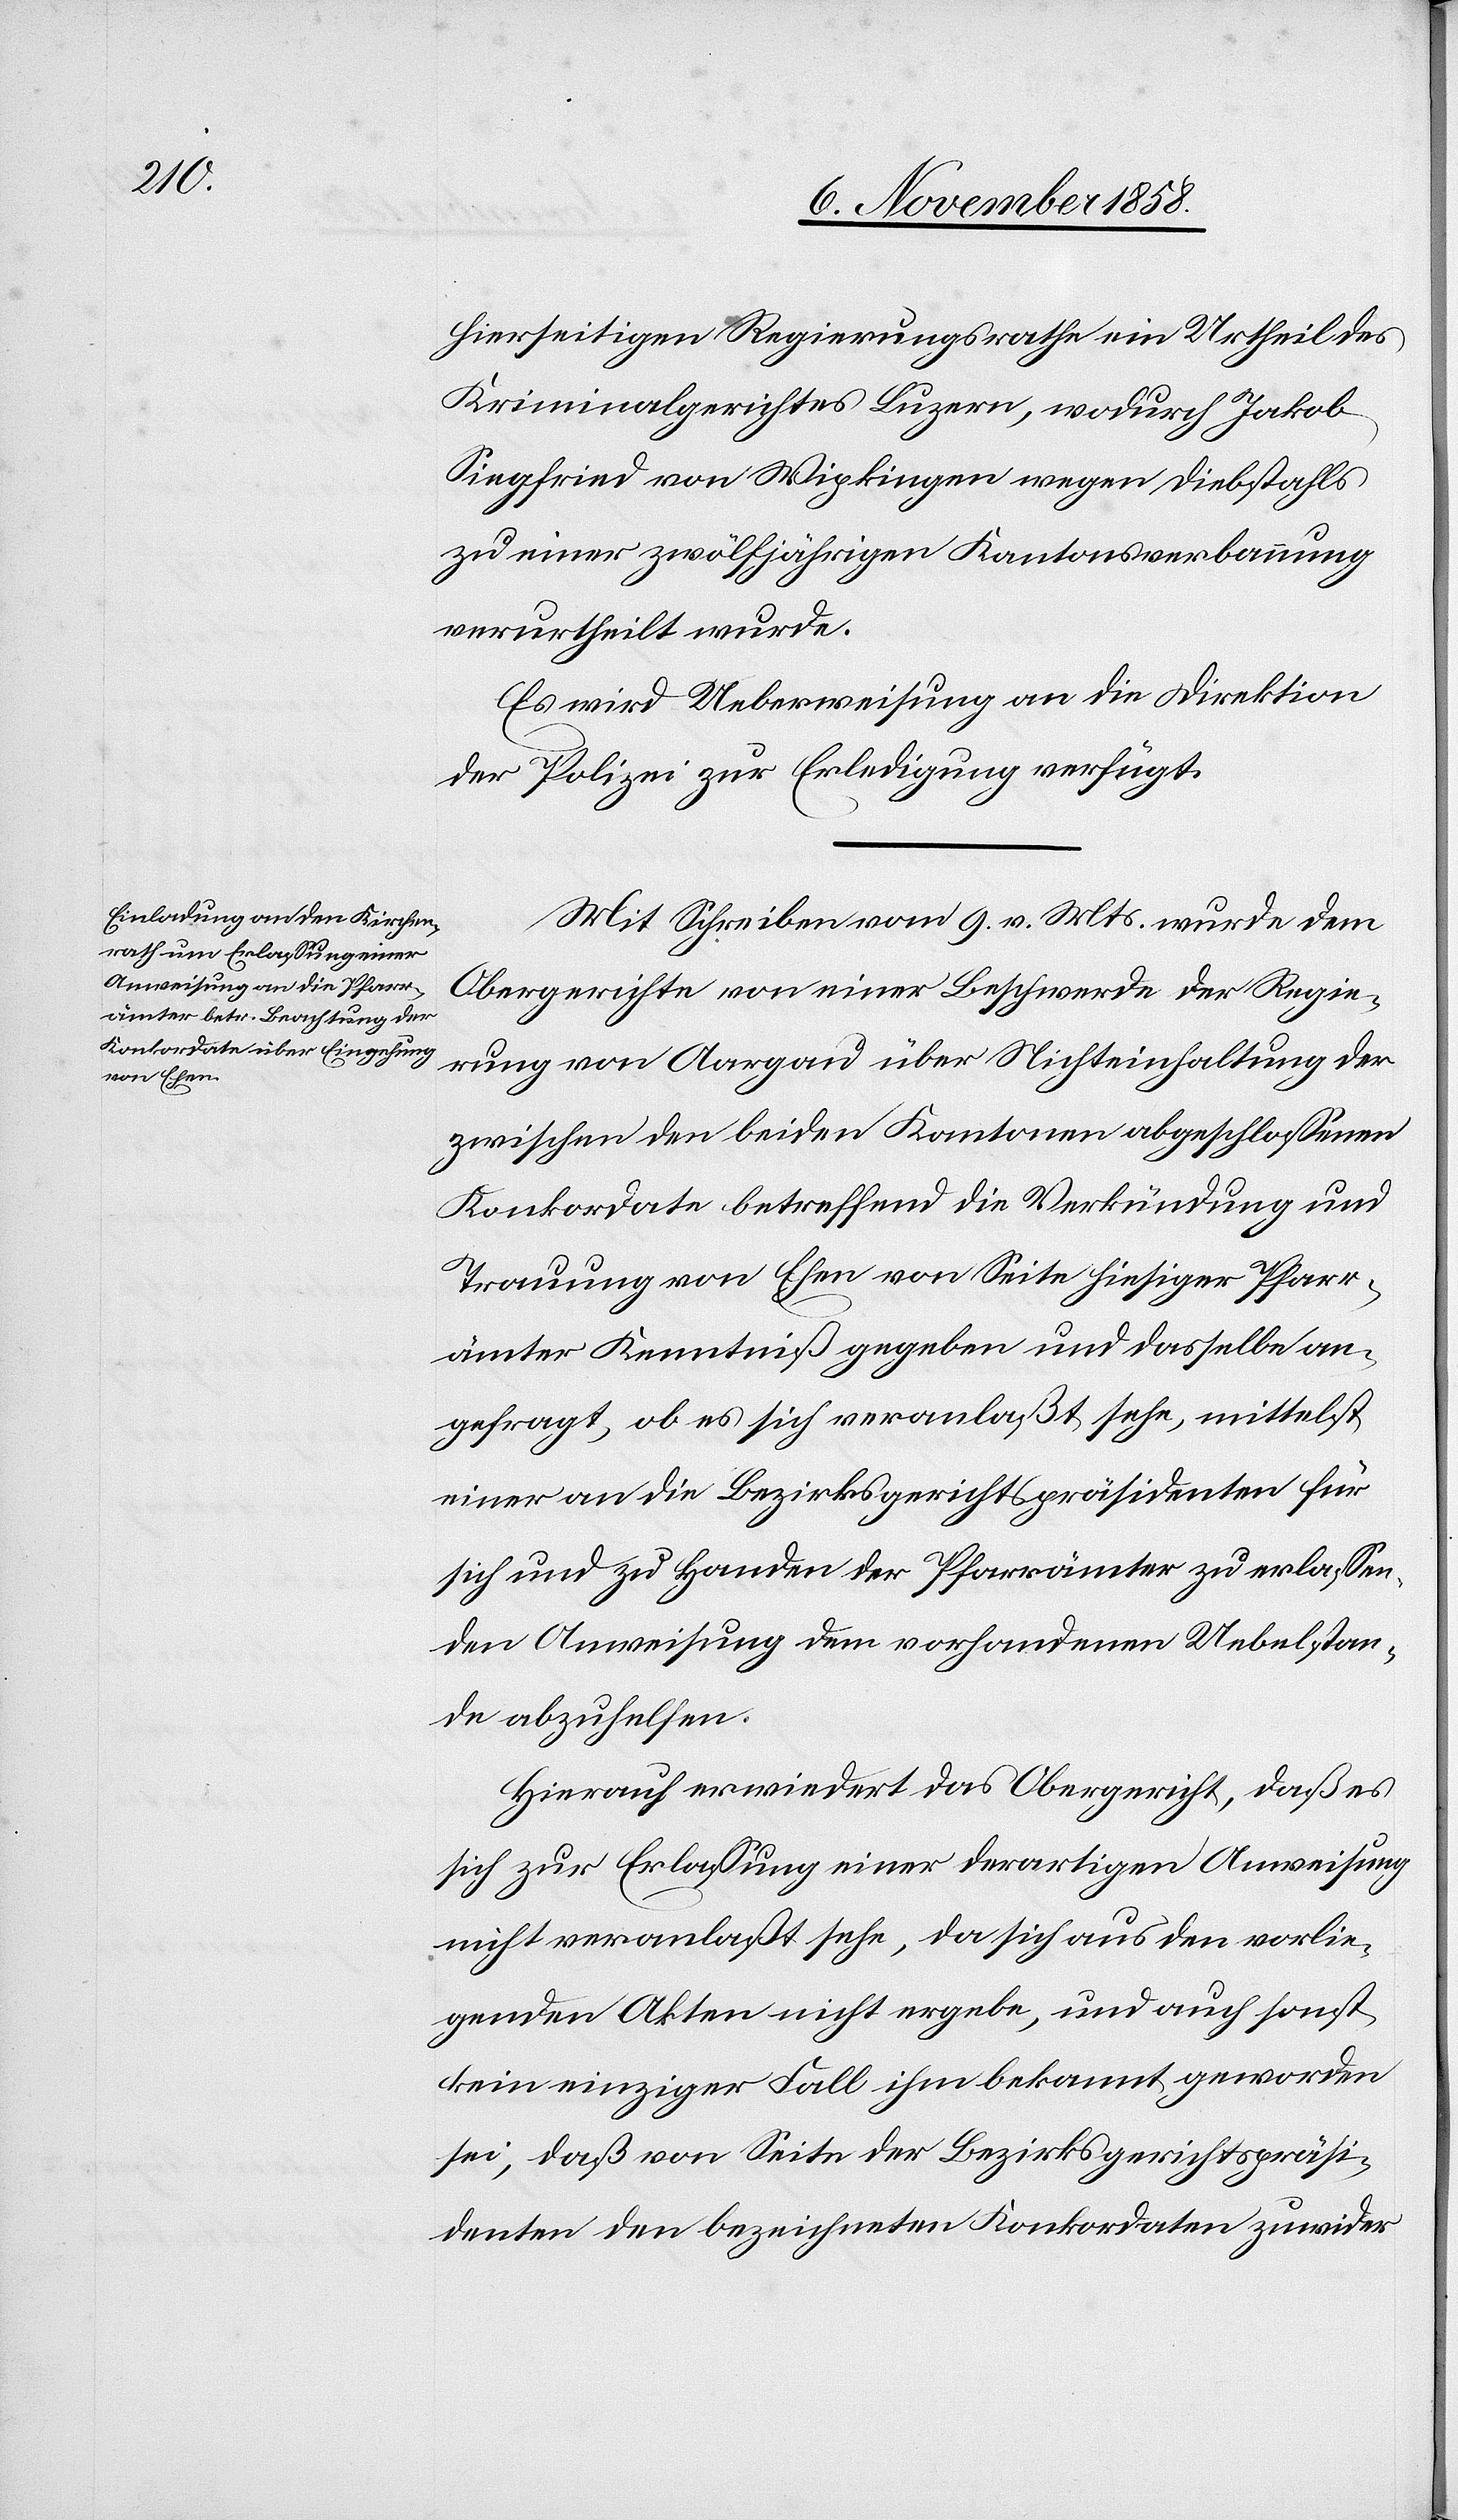
hierseitigen Regierungsrathe ein Urtheil des
Kriminalgerichtes Luzern, wodurch Jakob
Siegfried von Wipkingen wegen Diebstahls
zu einer zwölfjährigen Kantonsverbannung
verurtheilt wurde.
Es wird Ueberweisung an die Direktion
der Polizei zur Erledigung verfügt.
Mit Schreiben vom 9. v. Mts. wurde dem
Obergerichte von einer Beschwerde der Regie¬
rung von Aargau über Nichteinhaltung der
zwischen den beiden Kantonen abgeschlossenen
Konkordate betreffend die Verkündung und
Trauung von Ehen von Seite hiesiger Pfarr¬
ämter Kenntniß gegeben und dasselbe an¬
gefragt, ob es sich veranlaßt sehe, mittelst
einer an die Bezirksgerichtspräsidenten für
sich und zu Handen der Pfarrämter zu erlassen¬
den Anweisung dem vorhandenen Uebelstan¬
de abzuhelfen.
Hierauf erwiedert das Obergericht, daß es
sich zur Erlassung einer derartigen Anweisung
nicht veranlaßt sehe, da sich aus den vorlie¬
genden Akten nicht ergebe, und auch sonst
kein einziger Fall ihm bekannt geworden
sei, daß von Seite der Bezirksgerichtspräsi¬
denten den bezeichneten Konkordaten zuwider